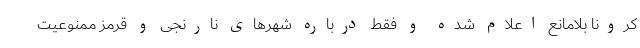
کرونا بلامانع اعلام شده و فقط درباره شهرهای نارنجی و قرمز ممنوعیت